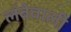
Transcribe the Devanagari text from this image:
लंबेवाली